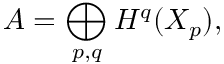
A = \bigoplus _ { p , q } H ^ { q } ( X _ { p } ) ,